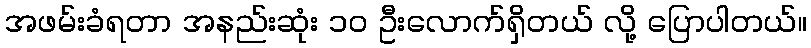
အဖမ်းခံရတာ အနည်းဆုံး ၁၀ ဦးလောက်ရှိတယ် လို့ ပြောပါတယ်။